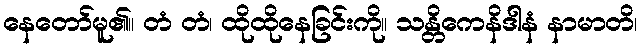
နေတော်မူ၏။ တံ တံ၊ ထိုထိုနေခြင်းကို။ သန္တိကေနိဒါနံ နာမာတိ၊